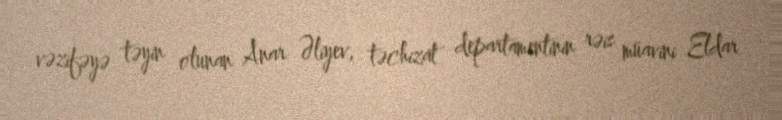
vəzifəyə təyin olunan Anar Əliyev, təchizat departamentinin rəis müavini Eldar